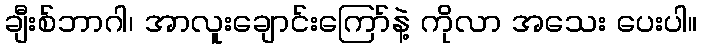
ချီးစ်ဘာဂါ၊ အာလူးချောင်းကြော်နဲ့ ကိုလာ အသေး ပေးပါ။